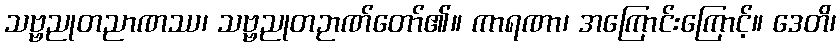
သဗ္ဗညုတညာဏဿ၊ သဗ္ဗညုတဉာဏ်တော်၏။ ကာရဏာ၊ အကြောင်းကြောင့်။ ဒေတိ၊